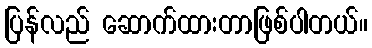
ပြန်လည် ဆောက်ထားတာဖြစ်ပါတယ်။